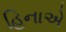
હિનાએ